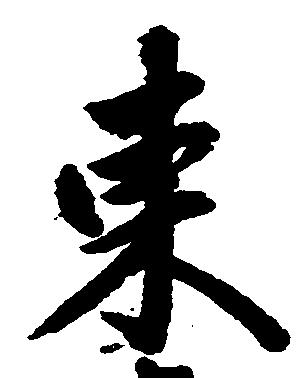
東